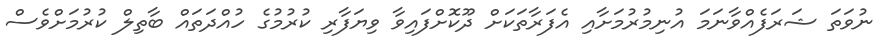
ނުވަތަ ޝަރަފެއްވާނަމަ އުނިމުރުމަށާއި އެފަރާތަކަށް ދޫކޮށްފައިވާ ވިޔަފާރި ކުރުމުގެ ހުއްދަތައް ބާތިލް ކުރުމަށްވެސް